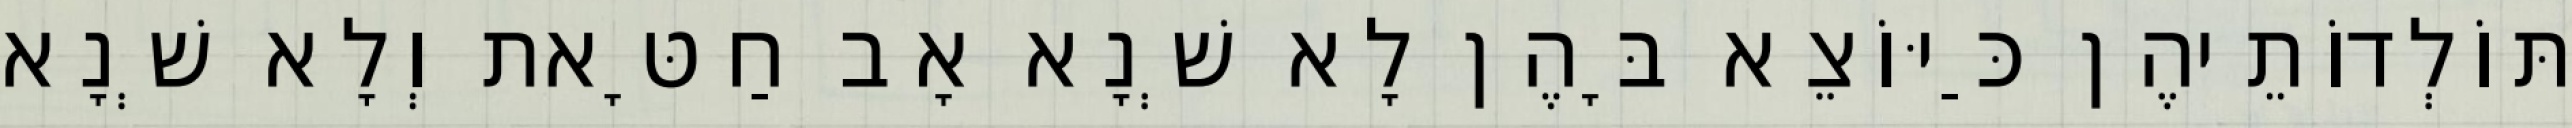
תּוֹלְדוֹתֵיהֶן כַּיּוֹצֵא בָּהֶן לָא שְׁנָא אָב חַטָּאת וְלָא שְׁנָא